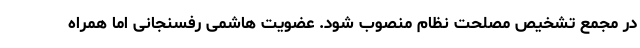
در مجمع تشخیص مصلحت نظام منصوب شود. عضویت هاشمی رفسنجانی اما همراه